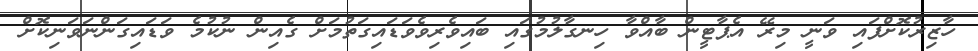
ހާޒިރުކޮށްފައި ވަނީ މިރޭ އެޕާޓީން ބާއްވާ ހިނގާލުމުގައި ބައިވެރިވެވަޑައިގަތުމަށް ގެއިން ނުކުމެ ވަޑައިގަންނަވަނިކޮށް